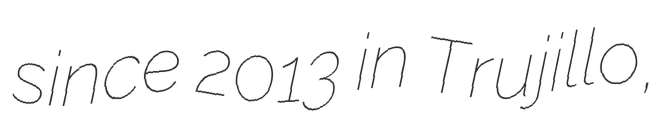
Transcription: since 2013 in Trujillo,